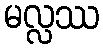
မလ္လဿ